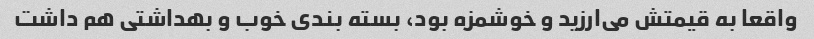
واقعا به قیمتش می‌ارزید و خوشمزه بود، بسته بندی خوب و بهداشتی هم داشت